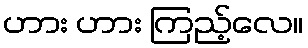
ဟား ဟား ကြည့်လေ။